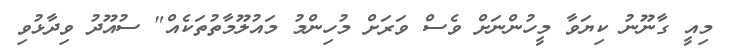
މިއީ ގާނޫނު ކިޔަވާ މީހުންނަށް ވެސް ވަރަށް މުހިންމު މައުލޫމާތުތަކެއް" ސުއޫދު ވިދާޅުވި